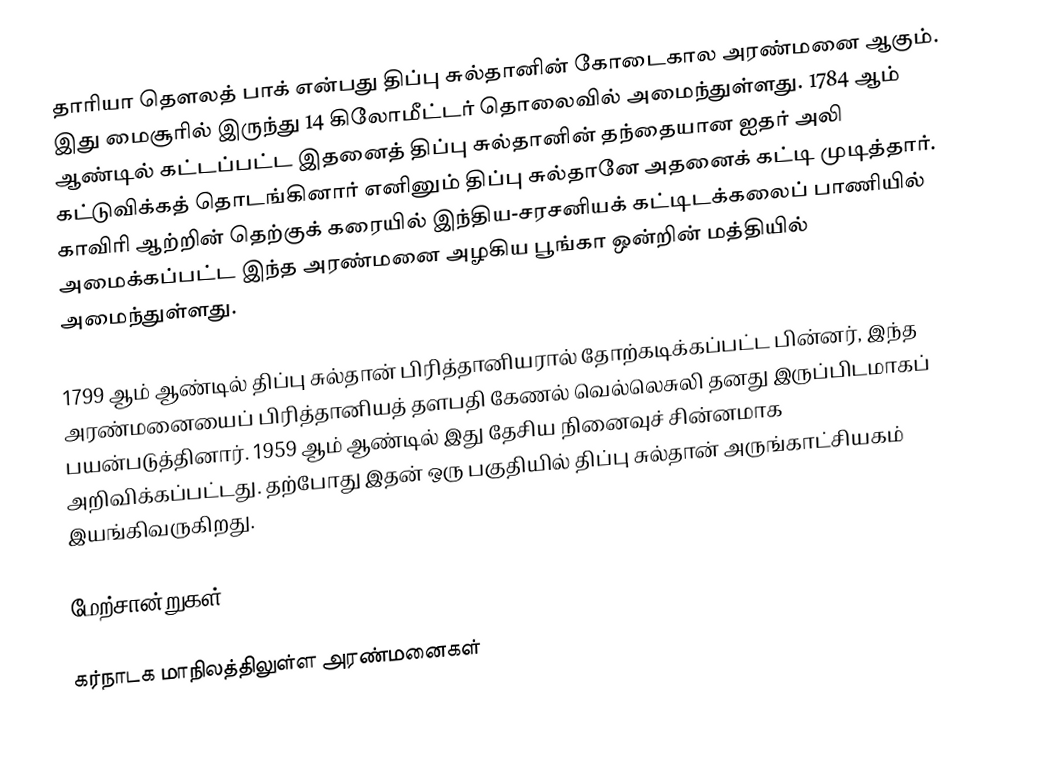
தாரியா தௌலத் பாக்  என்பது திப்பு சுல்தானின் கோடைகால அரண்மனை ஆகும். இது மைசூரில் இருந்து 14 கிலோமீட்டர் தொலைவில் அமைந்துள்ளது. 1784 ஆம் ஆண்டில் கட்டப்பட்ட இதனைத் திப்பு சுல்தானின் தந்தையான ஐதர் அலி கட்டுவிக்கத் தொடங்கினார் எனினும் திப்பு சுல்தானே அதனைக் கட்டி முடித்தார். காவிரி ஆற்றின் தெற்குக் கரையில் இந்திய-சரசனியக் கட்டிடக்கலைப் பாணியில் அமைக்கப்பட்ட இந்த அரண்மனை அழகிய பூங்கா ஒன்றின் மத்தியில் அமைந்துள்ளது.

1799 ஆம் ஆண்டில் திப்பு சுல்தான் பிரித்தானியரால் தோற்கடிக்கப்பட்ட பின்னர், இந்த அரண்மனையைப் பிரித்தானியத் தளபதி கேணல் வெல்லெசுலி தனது இருப்பிடமாகப் பயன்படுத்தினார். 1959 ஆம் ஆண்டில் இது தேசிய நினைவுச் சின்னமாக அறிவிக்கப்பட்டது. தற்போது இதன் ஒரு பகுதியில் திப்பு சுல்தான் அருங்காட்சியகம் இயங்கிவருகிறது.

மேற்சான்றுகள்

கர்நாடக மாநிலத்திலுள்ள அரண்மனைகள்